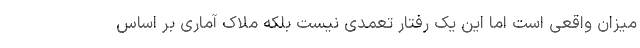
میزان واقعی است اما این یک رفتار تعمدی نیست بلکه ملاک آماری بر اساس